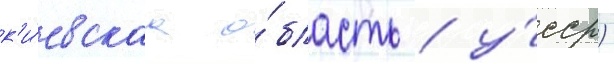
к'и́евскаа о́бласть / у́сср)